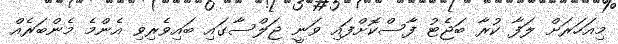
މިއަހަރަށް ލަފާ ކުރާ ބަޖެޓު ފާސްކޮށްފައި ވަނީ ޖަލްސާގައި ބައިވެރިވި އެންމެ މެންބަރެއް